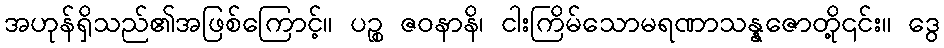
အဟုန်ရှိသည်၏အဖြစ်ကြောင့်။ ပဉ္စ ဇဝနာနိ၊ ငါးကြိမ်သောမရဏာသန္နဇောတို့၎င်း။ ဒွေ